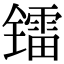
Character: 镭